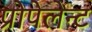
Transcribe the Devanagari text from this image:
प्रोपेलेन्ट